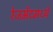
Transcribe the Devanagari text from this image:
रेजमेंटमध्ये